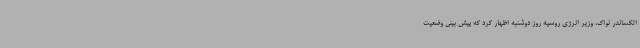
الکساندر نواک، وزیر انرژی روسیه روز دوشنبه اظهار کرد که پیش بینی وضعیت